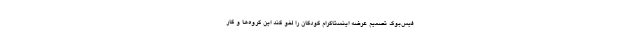
فیس‌بوک تصمیم عرضه اینستاگرام کودکان را لغو کند این گروه‌ها و کار